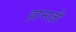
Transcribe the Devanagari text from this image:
हानज़ी